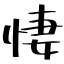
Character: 悽